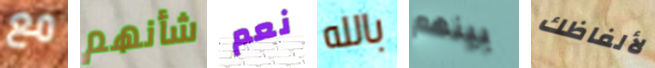
مع شأنهم نعم بالله بينهم لألفاظك